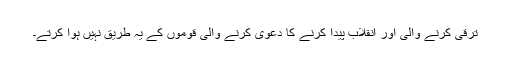
ترقی کرنے والی اور انقلاب پیدا کرنے کا دعویٰ کرنے والی قوموں کے یہ طریق نہیں ہوا کرتے۔